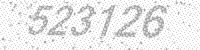
Solution: 523726